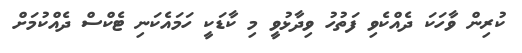
ކުރިން ވާހަކަ ދެއްކެވި ފަތުހު ވިދާޅުވީ މި ކާޑަކީ ހަމައެކަނި ޓެކްސް ދެއްކުމަށް